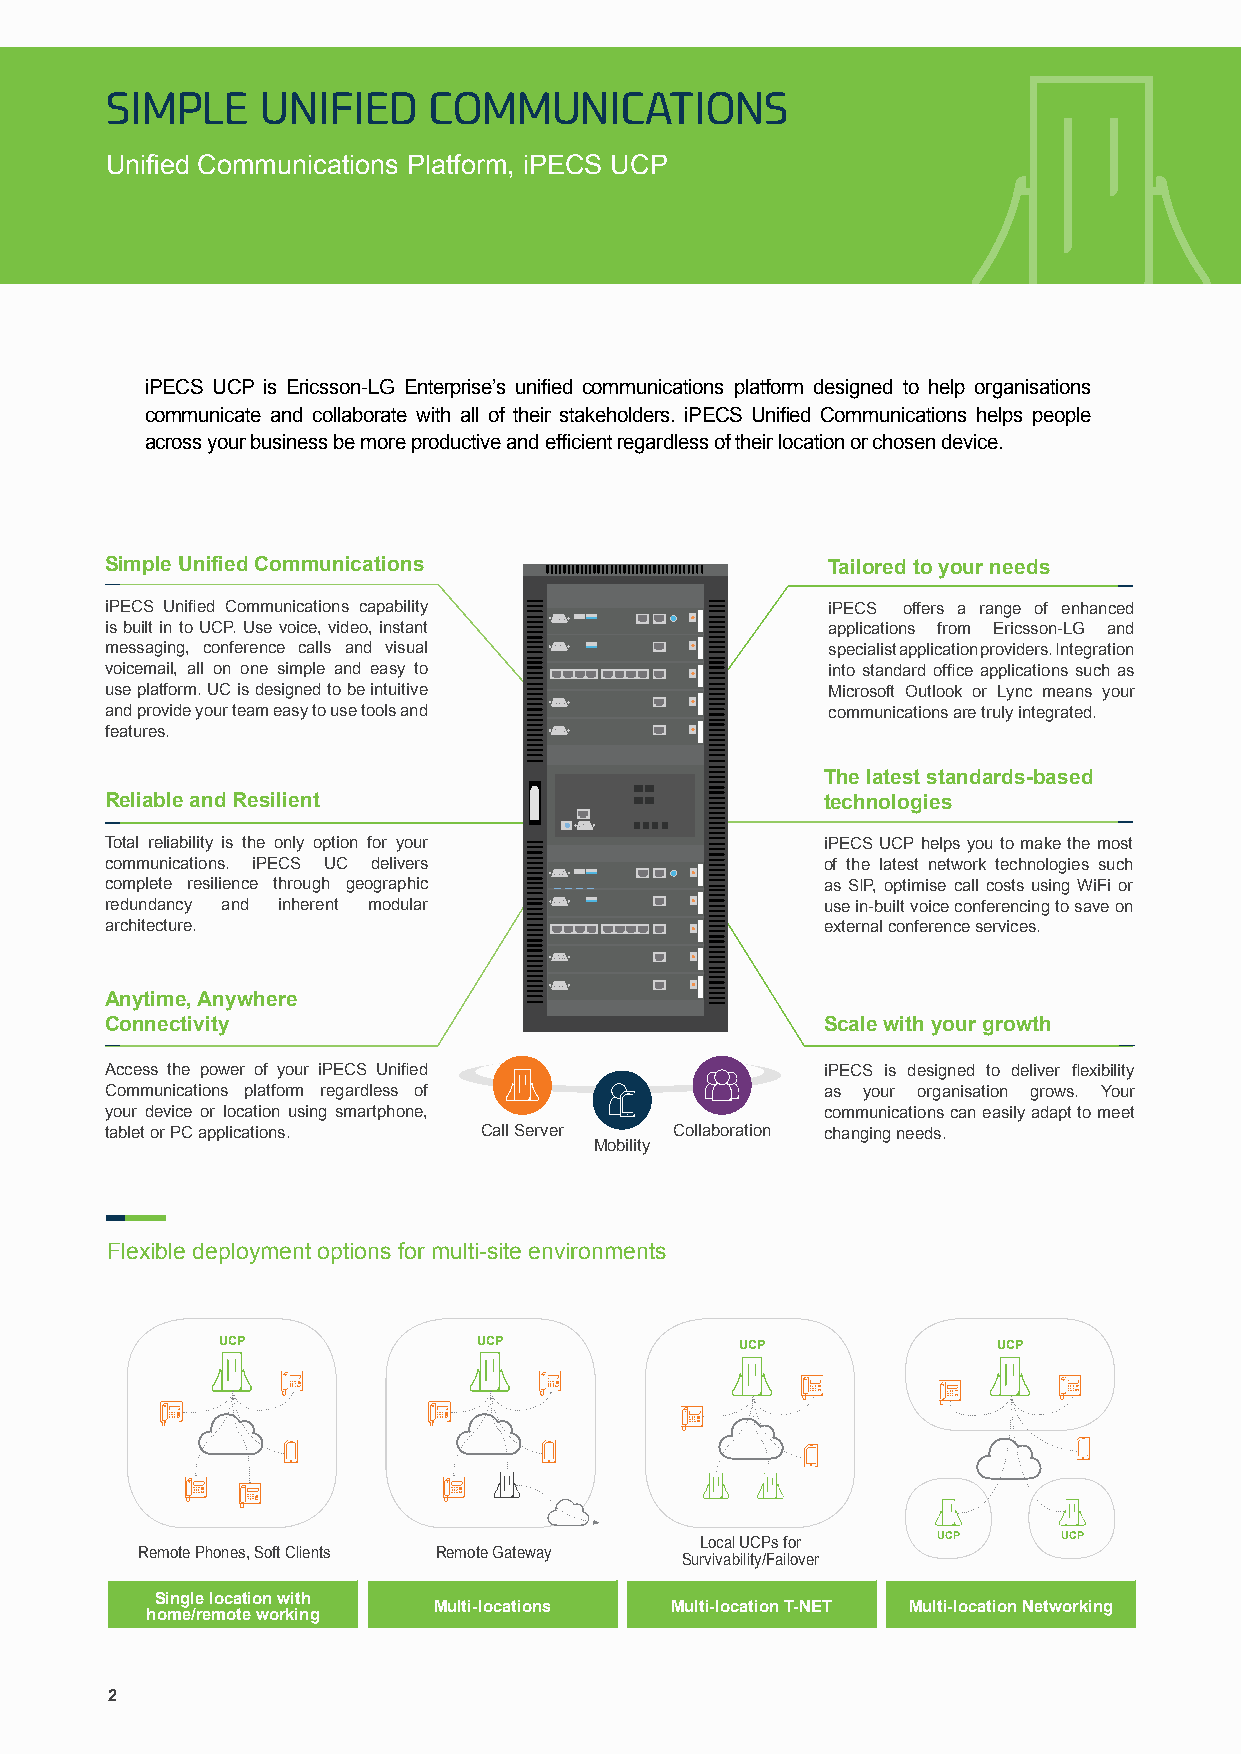
SIMPLE    UNIFIED    COMMUNICATIONS
 Unified Communications Platform, iPECS UCP
 iPECS UCP is Ericsson-LG Enterprise’s unified communications platform designed to help organisations
 communicate and collaborate with all of their stakeholders. iPECS Unified Communications helps people
 across your business be more productive and efficient regardless of their location or chosen device.
 Simple Unified Communications                   Tailored to your needs
 iPECS Unified Communications capability         iPECS offers a range of enhanced
 is built in to UCP. Use voice, video, instant   applications from Ericsson-LG and
 messaging, conference calls and visual          specialist application providers. Integration
 voicemail, all on one simple and easy to        into standard office applications such as
 use platform. UC is designed to be intuitive    Microsoft Outlook or Lync means your
 and provide your team easy to use tools and     communications are truly integrated.
 features.
 The latest standards-based
 Reliable and Resilient                          technologies
 Total reliability is the only option for your   iPECS UCP helps you to make the most
 communications. iPECS UC delivers               of the latest network technologies such
 complete resilience through geographic          as SIP, optimise call costs using WiFi or
 redundancy and inherent modular                 use in-built voice conferencing to save on
 architecture.                                   external conference services.
 Anytime, Anywhere
 Connectivity                                    Scale with your growth
 Access the power of your iPECS Unified          iPECS is designed to deliver flexibility
 Communications platform regardless of           as your organisation grows. Your
 your device or location using smartphone,       communications can easily adapt to meet
 tablet or PC applications. Call Server Collaboration changing needs.
 Mobility
 Flexible deployment options for multi-site environments
 UCP               UCP              UCP              UCP
 Local UCPs for  UCP     UCP
 Remote Phones, Soft Clients Remote Gateway
 Survivability/Failover
 Single location with
 Multi-locations Multi-location T-NET Multi-location Networking
 home/remote working
 2